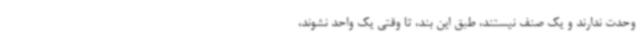
وحدت ندارند و یک صنف نیستند، طبق این بند، تا وقتی یک واحد نشوند،